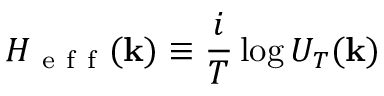
H _ { \mathrm { ~ e ~ f ~ f ~ } } ( \mathbf { k } ) \equiv \frac { i } { T } \log U _ { T } ( \mathbf { k } )